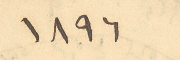
1896